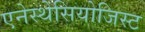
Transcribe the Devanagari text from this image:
एनेस्थेसियोजिस्ट